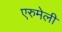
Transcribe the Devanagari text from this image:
एरुमेली